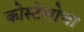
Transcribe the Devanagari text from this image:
कोस्टेलोचा